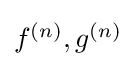
\textstyle f^{(n)},g^{(n)}